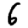
Digit: 6